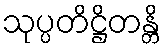
သုပ္ပတိဋ္ဌိတန္တိ